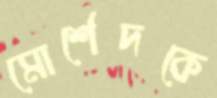
মোর্শেদকে